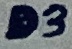
Text: D3